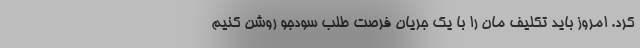
کرد. امروز باید تکلیف مان را با یک جریان فرصت طلب سودجو روشن کنیم